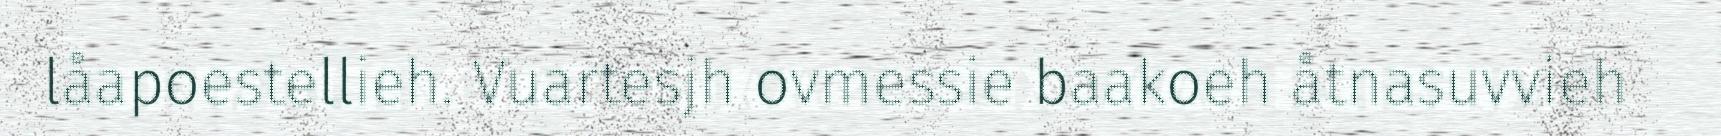
låapoestellieh. Vuartesjh ovmessie baakoeh åtnasuvvieh